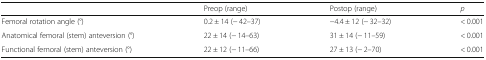
|  | Preop (range) | Postop (range) | p |
 | --- | --- | --- | --- |
 | Femoral rotation angle (°) | 0.2 ± 14 (− 42–37) | −4.4 ± 12 (− 32–32) | < 0.001 |
 | Anatomical femoral (stem) anteversion (°) | 22 ± 14 (− 14–63) | 31 ± 14 (− 11–59) | < 0.001 |
 | Functional femoral (stem) anteversion (°) | 22 ± 12 (− 11–66) | 27 ± 13 (− 2–70) | < 0.001 |